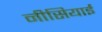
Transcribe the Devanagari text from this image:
नीसियाई